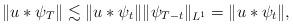
LaTeX: \begin{align*}\| u \ast \psi_{T}\| \lesssim \| u \ast \psi_t \| \| \psi_{T-t}\|_{L^1} =\| u \ast \psi_t \|,\end{align*}